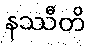
နဿီတိ